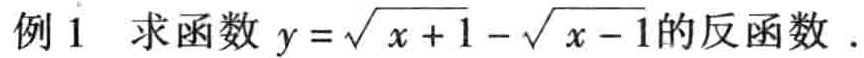
例1 求函数 \(y = \sqrt{x + 1} - \sqrt{x - 1}\) 的反函数 .